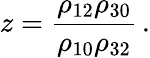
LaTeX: z=\frac{\rho_{12}\rho_{30}}{\rho_{10}\rho_{32}}\, .